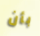
بأن